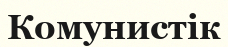
Комунистік